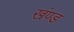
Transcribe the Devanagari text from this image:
खंण्ड